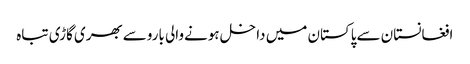
افغانستان سےپاکستان میں داخل ہونےوالی باروسےبھری گاڑی تباہ